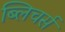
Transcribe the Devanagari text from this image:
ब्लिचर्स